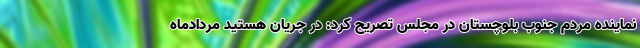
نماینده مردم جنوب بلوچستان در مجلس تصریح کرد: در جریان هستید مردادماه